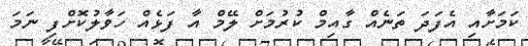
ކަމަށާއި އެފަދަ ތަނެއް ގާއިމް ކުރުމަށް ލޭމް އާ ފަޅެއް ހަވާލުކޮށްފި ނަމަ